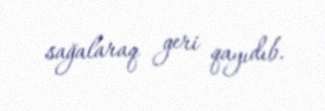
sağalaraq geri qayıdıb.